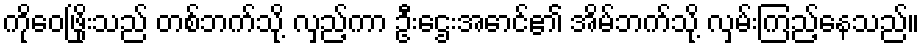
ကိုဝေဖြိုးသည် တစ်ဘက်သို့ လှည့်ကာ ဦးဌေးအောင်၏ အိမ်ဘက်သို့ လှမ်းကြည့်နေသည်။